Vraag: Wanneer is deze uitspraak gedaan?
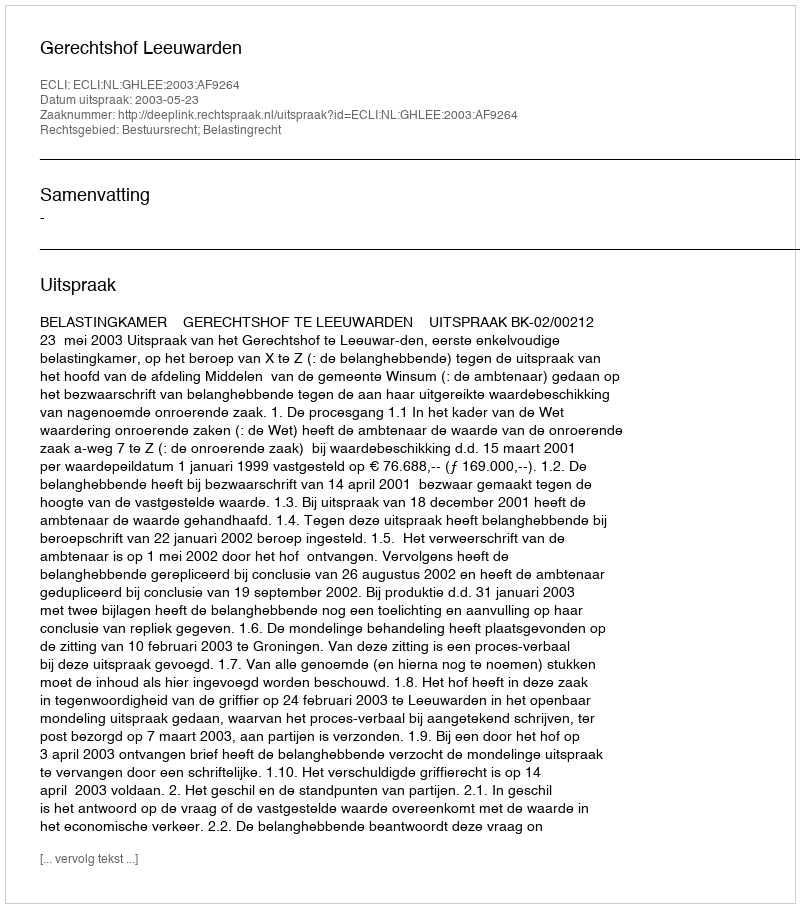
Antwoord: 2003-05-23